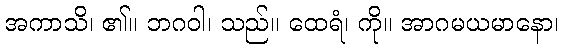
အကာသိ၊ ၏။ ဘဂဝါ၊ သည်။ ထေရံ၊ ကို။ အာဂမယမာနော၊